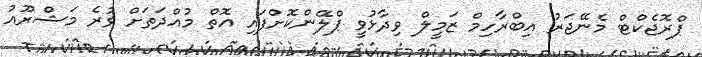
ޕްރޮޖެކްޓް މެނޭޖަރު އިބްރާހިމް ޒަމީލް ވިދާޅުވީ ޕްލޭންކޮށްފައި އޮތް މުއްދަަތަށް ވުރެ މަޝްރޫއު